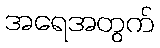
အရေအတွက်